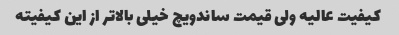
کیفیت عالیه ولی قیمت ساندویچ خیلی بالاتر از این کیفیته